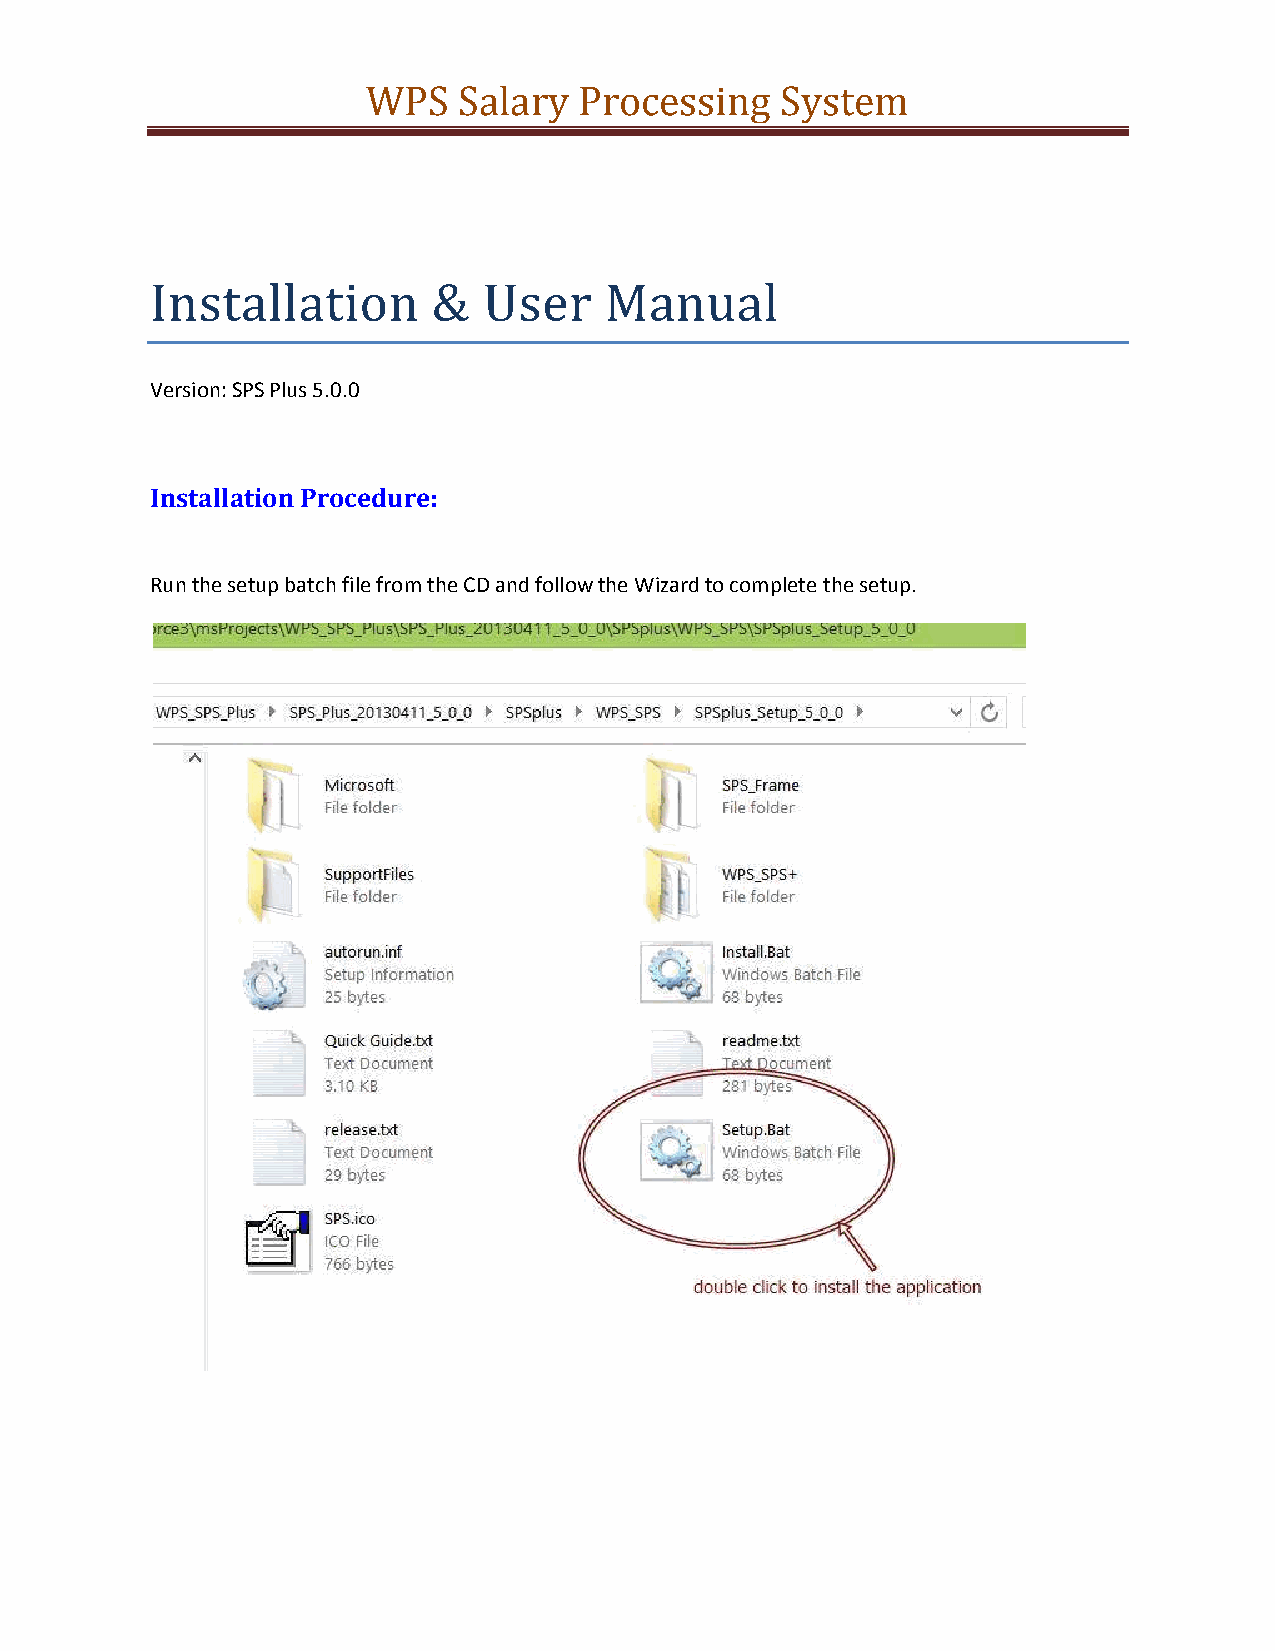
WPS   Salary  Processing    System
 Installation       &  User    Manual
 Version: SPS Plus 5.0.0
 Installation Procedure:
 Run the setup batch file from the CD and follow the Wizard to complete the setup.